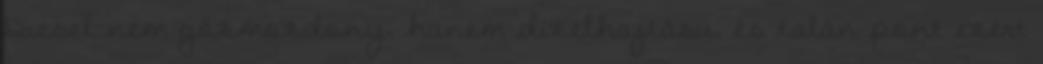
Diesel nem gőzmozdony, hanem dízelhajtású, és talán pont ezért